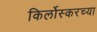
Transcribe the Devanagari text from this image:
किर्लोस्करच्या